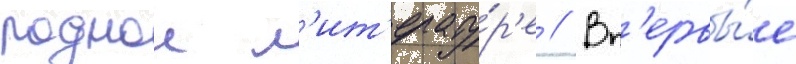
роднои л'ит'ерату́р'е // Вп'ервы́е